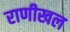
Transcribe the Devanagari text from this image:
राणीखल